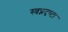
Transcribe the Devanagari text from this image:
स्‍वप्नदृष्‍टा